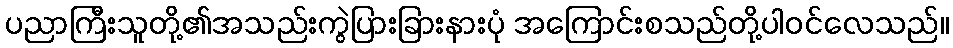
ပညာကြီးသူတို့၏အသည်းကွဲပြားခြားနားပုံ အကြောင်းစသည်တို့ပါဝင်လေသည်။